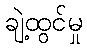
ချဲ့ထွင်မှု